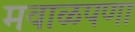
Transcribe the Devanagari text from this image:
मवाळपणा